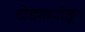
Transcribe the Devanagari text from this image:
खेडगावांतून